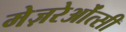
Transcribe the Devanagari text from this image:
मेज़रेओंत्सी